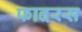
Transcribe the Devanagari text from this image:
फादरस